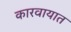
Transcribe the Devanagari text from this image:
कारवायात